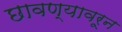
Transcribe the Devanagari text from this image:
छावण्यावरून